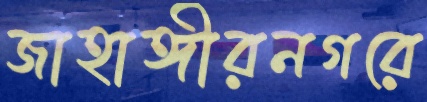
জাহাঙ্গীরনগরে